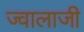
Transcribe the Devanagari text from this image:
ज्‍वालाजी